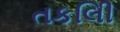
તકલીિ